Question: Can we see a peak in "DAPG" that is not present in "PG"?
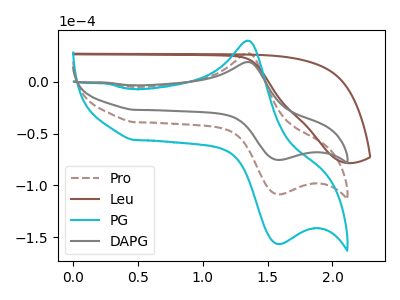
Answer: <think>The brown dashed curve "Pro" has an anodic peak at (1.35V, 27.60uA) and a cathodic peak at (1.60V, -108.75uA). The brown curve "Leu" has no peaks. The cyan curve "PG" has an anodic peak at (1.35V, 55.15uA) and a cathodic peak at (1.60V, -217.45uA). The gray curve "DAPG" has an anodic peak at (1.35V, 19.15uA) and a cathodic peak at (1.60V, -75.45uA).
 All the peaks in "DAPG" have a peak in "PG" at the same potential. Every peak in "DAPG" is lower than every peak in "PG".</think>
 <answer>No, "DAPG" and "PG" don't appear to be significantly different in shape</answer>
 <eval>no_change</eval>